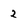
Character: 2